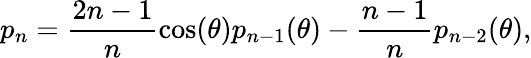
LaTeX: p_{n}=\frac{2n-1}{n}\cos(\theta)p_{n-1}(\theta)-\frac{n-1}{n}p_{n-2}(\theta),